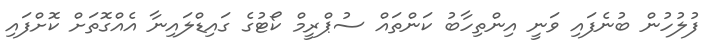
ފުލުހުން ބުނެފައި ވަނީ އިންތިހާބު ކަންތައް ސުޕްރީމް ކޯޓުގެ ގައިޑްލައިނާ އެއްގޮތަށް ކޮށްފައި